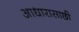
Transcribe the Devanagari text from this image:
आधारासाछी